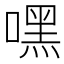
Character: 嘿